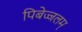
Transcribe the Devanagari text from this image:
पिबेज्जलम्